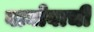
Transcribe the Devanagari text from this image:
वाघोबाची